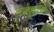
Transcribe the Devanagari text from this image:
कर्तृत्त्वाने